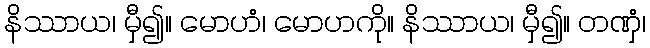
နိဿာယ၊ မှီ၍။ မောဟံ၊ မောဟကို။ နိဿာယ၊ မှီ၍။ တဏှံ၊